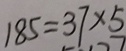
1 8 5 = 3 7 \times 5